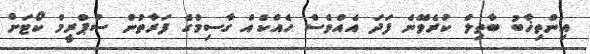
އިންތިޚާބު ބާތިލް ކުރެވޭނެ ފަދަ އެއްވެސް ހެއްކެއް ގާސިމްގެ ފަރާތުން ސުޕްރީމް ކޯޓަށް